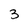
Character: 3